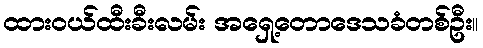
ထားဝယ်ထီးခီးလမ်း အရှေ့တောဒေသခံတစ်ဦး။